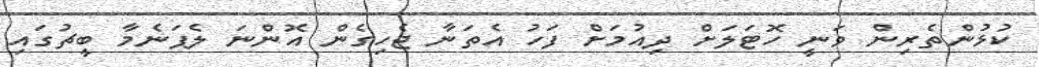
ކުޅުންތެރިން ވަނީ ހޮޓަލަށް ދިއުމަށް ފަހު އެތަނާ ޖެހިގެން އޮންނަ ލެޕަނެމާ ބީޗުގައި